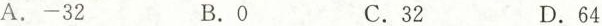
A.-32B.OC.32D.64